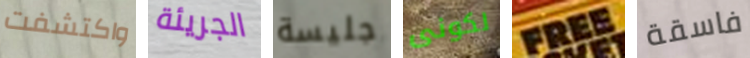
واكتشفت الجريئة جليسة لكونى FREE فاسقة